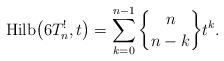
\begin{gather*}{\rm Hilb}\big(6T_n^{!},t\big)=\sum_{k=0}^{n-1} {n \brace n-k } t^{k}.\end{gather*}